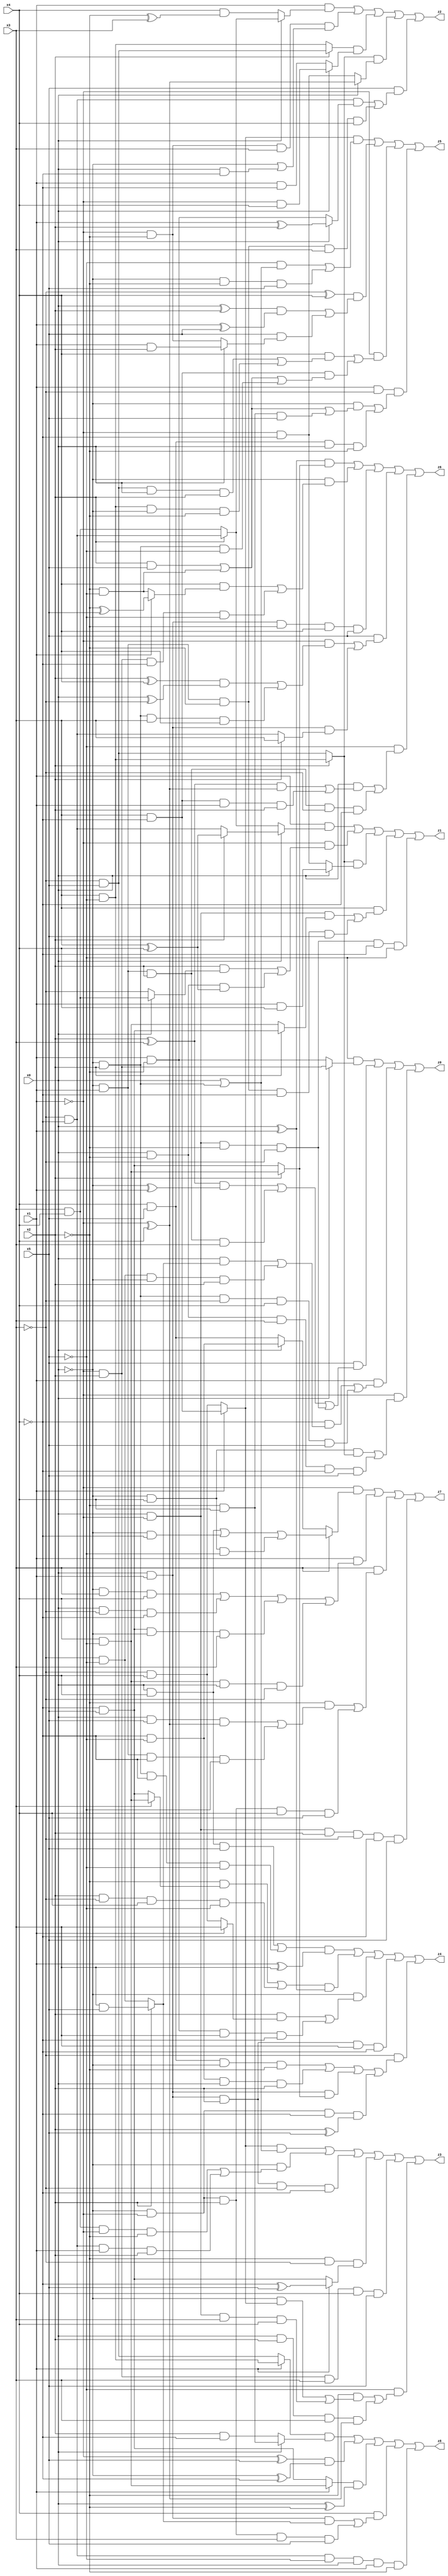
// Benchmark "X_80" written by ABC on Tue Jun 06 22:28:54 2023

module X_80 ( 
    x0, x1, x2, x3, x4, x5,
    z0, z1, z2, z3, z4, z5, z6, z7, z8  );
  input  x0, x1, x2, x3, x4, x5;
  output z0, z1, z2, z3, z4, z5, z6, z7, z8;
  assign z0 = (~x5 & (x0 ? (~x1 & x2) : (x1 & ~x2))) | (x5 & (((x2 ^ x3) & (~x0 ^ x1)) | (~x0 & x1 & x2 & x3) | (x0 & ~x1 & ~x2 & ~x3))) | (x1 & ((~x4 & ((x0 & (x2 ? (x3 & x5) : (~x3 & ~x5))) | (~x3 & ~x5 & ~x0 & x2))) | (~x0 & x2 & ~x3 & x4 & x5))) | (~x1 & ((~x0 & x4 & (x2 ? (x3 & ~x5) : (~x3 & x5))) | (x0 & ~x2 & x3 & ~x4 & x5)));
  assign z1 = (x1 & (x0 ? (x2 ? (x3 ^ x4) : (~x3 & ~x4)) : (x2 ? (~x3 & ~x4) : (x3 & x4)))) | (~x1 & ((x2 & (x0 ? (x3 & x4) : ~x3)) | (x0 & ~x2 & (x3 ^ x4)))) | ((x2 ? (x3 & ~x5) : (~x3 & x5)) & (x0 ? (x1 & x4) : (~x1 & ~x4))) | (x3 & ((x0 & ~x1 & (x2 ? (~x4 & x5) : (x4 & ~x5))) | (~x0 & x1 & ~x2 & ~x4 & x5))) | (x0 & ~x1 & ~x2 & ~x3 & ~x4 & ~x5);
  assign z2 = (x1 & (x0 ? (x2 ? (~x3 & ~x4) : (x3 & x4)) : (x4 & (~x2 ^ x3)))) | (~x1 & ~x2 & x3 & (~x0 | (x0 & ~x4))) | ((x2 ? (~x3 & x5) : (x3 & ~x5)) & (x0 ? (~x1 & x4) : (x1 & ~x4))) | ((x2 ? (x3 & ~x5) : (~x3 & x5)) & (x0 ? (~x1 ^ x4) : (~x1 & ~x4))) | (x5 & ((~x3 & ~x4 & (x0 ? (x1 ^ x2) : (x1 & ~x2))) | (~x0 & x1 & ~x2 & x3 & x4)));
  assign z3 = ((x1 ? (x3 & ~x4) : (~x3 & x4)) & (x0 | (~x0 & x2))) | (~x0 & ((x3 & x4 & ~x1 & ~x2) | (~x3 & ~x4 & x1 & x2))) | (x0 & x1 & x2 & ~x3 & ~x4) | (~x2 & ~x3 & (x1 ? (~x4 ^ x5) : (~x4 & x5))) | (~x1 & x2 & x3 & x4 & x5) | (~x5 & ((~x2 & ((~x0 & (x1 ? (x3 & ~x4) : (~x3 & x4))) | (x0 & ~x1 & x3 & x4))) | (x0 & x2 & x3 & (~x1 ^ x4))));
  assign z4 = (((x0 & x4 & x5) | (~x0 & x2 & ~x4 & ~x5)) & (x1 ^ x3)) | (((~x2 & (x3 ? (x4 & ~x5) : (~x4 & x5))) | (x2 & ~x3 & x4 & ~x5)) & (x0 ^ x1)) | (~x0 & ((x2 & (x1 ? x3 : (~x3 & x4))) | (x1 & ~x2 & x3 & ~x4))) | (x0 & x1 & x2 & x3 & ~x4) | (~x3 & ((x4 & x5 & ~x0 & ~x2) | (~x4 & ~x5 & x0 & x2) | (x0 & x1 & (x2 ? (x4 & ~x5) : (~x4 & x5))) | (~x0 & ~x1 & ~x4 & (x2 ^ x5))));
  assign z5 = ((x1 ? (x3 & ~x4) : (~x3 & x4)) & ((~x5 & (x0 | (~x0 & x2))) | (~x0 & ~x2 & x5))) | ((~x3 ^ x4) & (((x0 ^ x2) & (x1 ^ x5)) | (x5 & (x0 ? (x1 & x2) : (~x1 & ~x2))))) | (~x1 & ((x4 & ((~x3 & x5 & x0 & x2) | (x3 & ~x5 & ~x0 & ~x2))) | (x3 & ~x4 & ((x2 & x5) | (~x2 & ~x5) | (~x0 & x2 & ~x5))))) | (x1 & ~x3 & ((~x0 & ((x2 & x5) | (~x2 & ~x5) | (~x2 & x4 & x5))) | (x4 & x5 & x0 & ~x2)));
  assign z6 = ((x0 ^ x1) & (x2 ? (x4 & ~x5) : (~x4 & x5))) | (~x0 & ((x4 & (x1 ? (~x2 ^ x5) : (~x2 & ~x5))) | (~x1 & x2 & ~x4 & ~x5))) | (x0 & x1 & ~x2 & x4 & x5) | (x5 & ((~x1 & (((x2 ^ x4) & (x0 ^ ~x3)) | (~x0 & x2 & x3 & x4))) | (x0 & x1 & (x2 ? x3 : (~x3 & ~x4))))) | (~x5 & ((x0 & (((x2 ^ x3) & (~x1 ^ x4)) | (x3 & ~x4 & x1 & x2))) | (~x0 & x1 & x2 & ~x3 & ~x4)));
  assign z7 = (~x1 & (x3 ? ((x0 & x4) | (~x0 & ~x4) | (~x0 & x4 & ~x5)) : (x0 ? (~x4 & ~x5) : (x4 & x5)))) | (x1 & ((~x0 & x3 & x4) | (x0 & ~x3 & ~x4) | (~x4 & x5 & ~x0 & x3) | (x4 & ~x5 & x0 & ~x3))) | (x3 & ((~x2 & ((x0 & x5 & (~x1 ^ x4)) | (~x0 & x1 & ~x4 & ~x5))) | (~x0 & ~x1 & x2 & x4 & x5))) | (x0 & ~x1 & x2 & ~x3 & ~x4 & x5);
  assign z8 = ((x1 ? (x3 & ~x5) : (~x3 & x5)) & (x0 ? (~x2 & x4) : (x2 & ~x4))) | ((~x1 ^ x5) & (~x0 ^ ~x4)) | ((x1 ? (x4 & ~x5) : (~x4 & x5)) & (x0 ^ ~x2)) | (x4 & ((x0 & x1 & (x2 ? (x3 & x5) : (~x3 & ~x5))) | (~x0 & ~x1 & x2 & x3 & x5))) | (~x3 & ~x4 & ~x5 & x0 & x1 & ~x2);
endmodule